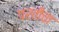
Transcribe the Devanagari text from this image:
परतीचा